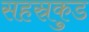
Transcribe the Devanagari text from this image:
सहस्रकुड